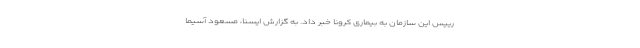
رییس این سازمان به بیماری کرونا خبر داد. به گزارش ایسنا، مسعود آسیما